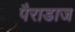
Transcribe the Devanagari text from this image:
पैराडाज